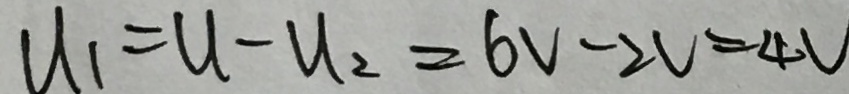
u _ { 1 } = u - u _ { 2 } = 6 V - 2 V = 4 V